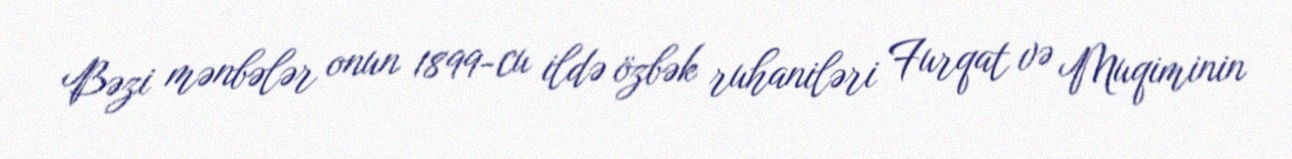
Bəzi mənbələr onun 1899-cu ildə özbək ruhaniləri Furqat və Muqiminin